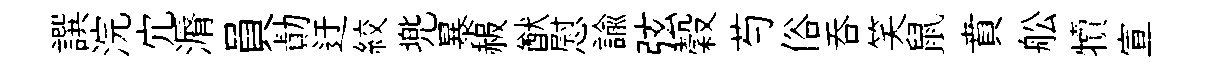
譔浣宂漘員勣迂絞兠暴赧猷慰諭弦穀芍俗呑笑鼠賁舩犢宣